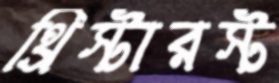
থ্রিস্টারস্ট